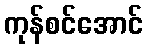
ကုန်စင်အောင်